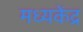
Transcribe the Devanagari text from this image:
मध्यकेंद्र